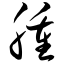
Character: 肿